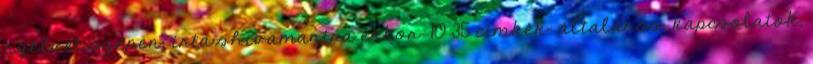
nyelvet szépen. írta shivamantra ekkor: 10:35 címkék: általános, kapcsolatok,